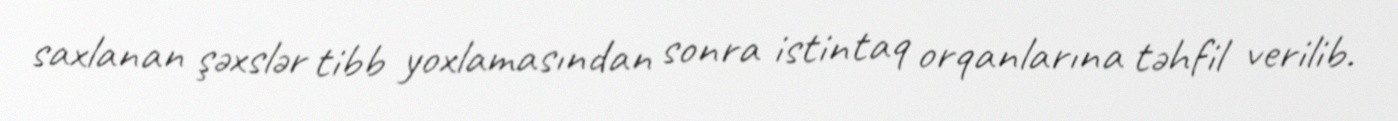
saxlanan şəxslər tibb yoxlamasından sonra istintaq orqanlarına təhfil verilib.